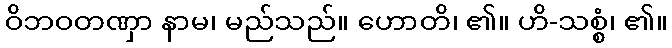
ဝိဘဝတဏှာ နာမ၊ မည်သည်။ ဟောတိ၊ ၏။ ဟိ-သစ္စံ၊ ၏။